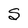
Character: S